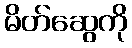
မိတ်ဆွေကို